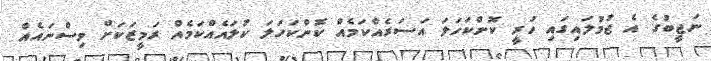
ނަޖީބުގެ އެ ޖުމުލައިގައި ހުރީ ކޮންކަހަލަ އަސަރެއްކަމެއް ކޮންކަހަލަ ކުލައެއްކަމެއް ރަމީޒަކަށް ވިސްނައެއް